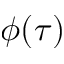
\phi ( \tau )